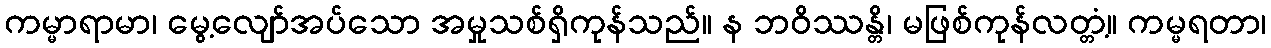
ကမ္မာရာမာ၊ မွေ့လျော်အပ်သော အမှုသစ်ရှိကုန်သည်။ န ဘဝိဿန္တိ၊ မဖြစ်ကုန်လတ္တံ့။ ကမ္မရတာ၊